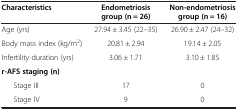
| Characteristics | Endometriosis group (n = 26) | Non-endometriosis group (n = 16) |
 | --- | --- | --- |
 | Age (yrs) | 27.94 ± 3.45 (22–35) | 26.90 ± 2.47 (24–32) |
 | Body mass index (kg/m2) | 20.81 ± 2.94 | 19.14 ± 2.05 |
 | Infertility duration (yrs) | 3.06 ± 1.71 | 3.10 ± 1.85 |
 | r-AFS staging (n) |  |  |
 | Stage III | 17 | 0 |
 | Stage IV | 9 | 0 |